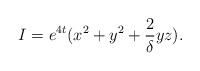
LaTeX: \begin{align*}I=e^{4t}(x^{2}+y^{2}+{\frac{2}{\delta}y}z). \end{align*}